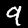
Digit: 9